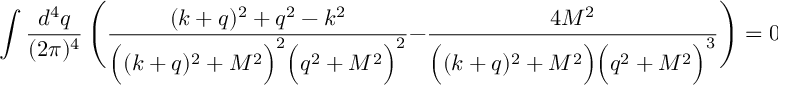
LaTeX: \int \frac { d ^ { 4 } q } { ( 2 \pi ) ^ { 4 } } \, \Bigg ( \frac { ( k + q ) ^ { 2 } + q ^ { 2 } - k ^ { 2 } } { \Big ( ( k + q ) ^ { 2 } + M ^ { 2 } \Big ) ^ { 2 } \Big ( q ^ { 2 } + M ^ { 2 } \Big ) ^ { 2 } } - \frac { 4 M ^ { 2 } } { \Big ( ( k + q ) ^ { 2 } + M ^ { 2 } \Big ) \Big ( q ^ { 2 } + M ^ { 2 } \Big ) ^ { 3 } } \Bigg ) = 0 .